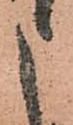
申